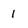
Character: 1